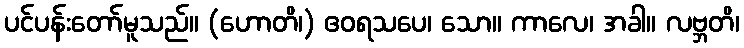
ပင်ပန်းတော်မူသည်။ (ဟောတိ၊) ဧဝရသပေ၊ သော။ ကာလေ၊ အခါ။ လဗ္ဘတိ၊